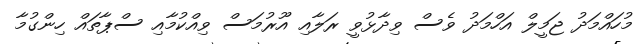
މުހައްމަދު ޖަމީލް އަހްމަދު ވެސް ވިދާޅުވީ ރަލާއި އޫރުމަސް ވިއްކުމާއި ސްޕާތައް ހިންގުމާ